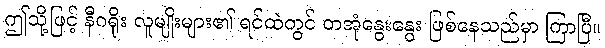
ဤသို့ဖြင့် နီဂရိုး လူမျိုးများ၏ ရင်ထဲတွင် တအုံနွေးနွေး ဖြစ်နေသည်မှာ ကြာပြီ။